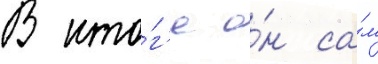
В ито́г'е о́н са́м